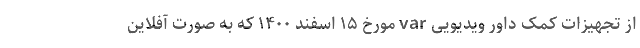
از تجهیزات کمک داور ویدیویی var مورخ ۱۵ اسفند ۱۴۰۰ که به صورت آفلاین